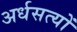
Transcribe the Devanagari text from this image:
अर्धसत्यों